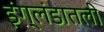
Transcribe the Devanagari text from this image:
इंग्लंडातली